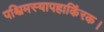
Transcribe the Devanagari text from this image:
पश्चिमस्यापहाकिंरक।